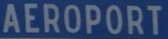
AEROPORT